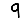
Digit: 9